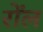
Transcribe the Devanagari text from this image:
रोंल